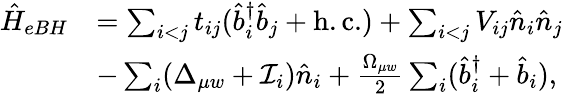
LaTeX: \begin{array}{rl}{\hat{H}_{eBH}}&{=\sum_{i<j}t_{ij}(\hat{b}_{i}^{\dagger}\hat{b}_{j}+\mathrm{h.c.})+\sum_{i<j}V_{ij}\hat{n}_{i}\hat{n}_{j}}\\ &{-\sum_{i}(\Delta_{\mu w}+\mathcal{I}_{i})\hat{n}_{i}+\frac{\Omega_{\mu w}}{2}\sum_{i}(\hat{b}_{i}^{\dagger}+\hat{b}_{i}),}\end{array}